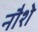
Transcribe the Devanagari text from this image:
नौशे